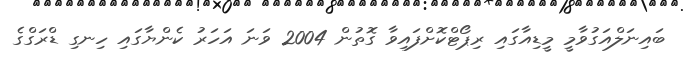
ބައިނަލްއަގުވާމީ މީޑިއާގައި ރިޕޯޓްކޮށްފައިވާ ގޮތުން 2004 ވަނަ އަހަރު ކެންޔާގައި ހިނގި ޑްރަގްގެ